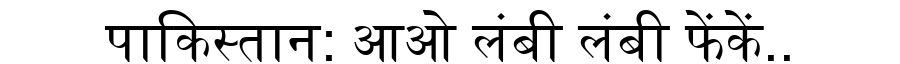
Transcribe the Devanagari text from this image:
पाकिस्तान: आओ लंबी लंबी फेंकें..